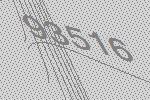
93516